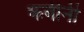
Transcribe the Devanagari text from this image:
कबीनी